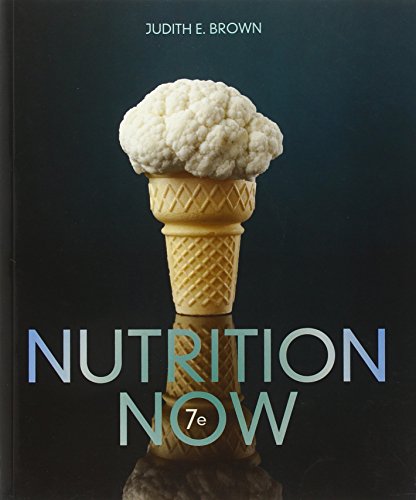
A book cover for Nutrition Now; Judith E. Brown; Medical Books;